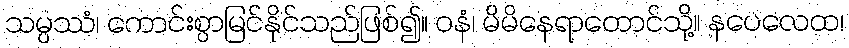
သမ္ပဿံ၊ ကောင်းစွာမြင်နိုင်သည်ဖြစ်၍။ ဝနံ၊ မိမိနေရာတောင်သို့။ နပေလေထ၊